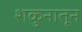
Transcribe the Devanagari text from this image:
शकुनातून